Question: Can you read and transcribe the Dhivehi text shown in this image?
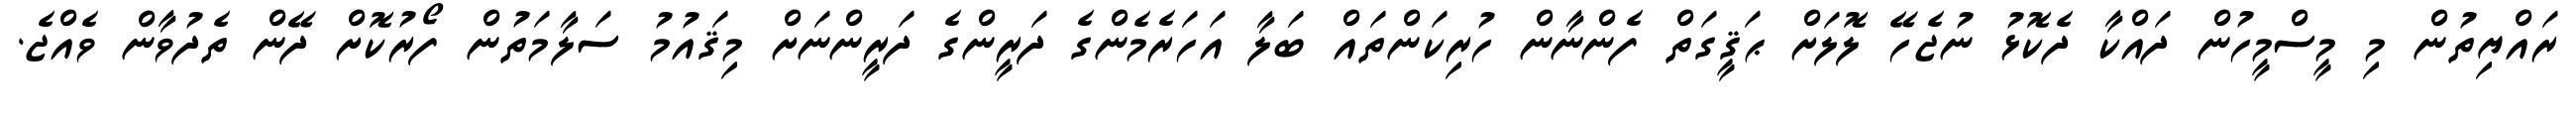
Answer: ރައްޔިތުން މި މީސްމީހުން ދައްކާ ދެކޮޅު ނުޖެހޭ ލޮލަށް ޙަޤީގަތް ފެންނާން ހުރިކަންތައް ބަލާ އަހަރެމެންގެ ދަރީންގެ ދަރީންނަށް މިޤައުމު ސަލާމަތުން ފޯރުކޮށް ދޭން ތެދުވާން ވެއްޖެ.